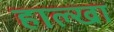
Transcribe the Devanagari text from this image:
हाल्खा